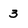
Character: 3